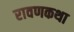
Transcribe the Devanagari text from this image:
रावणकथा